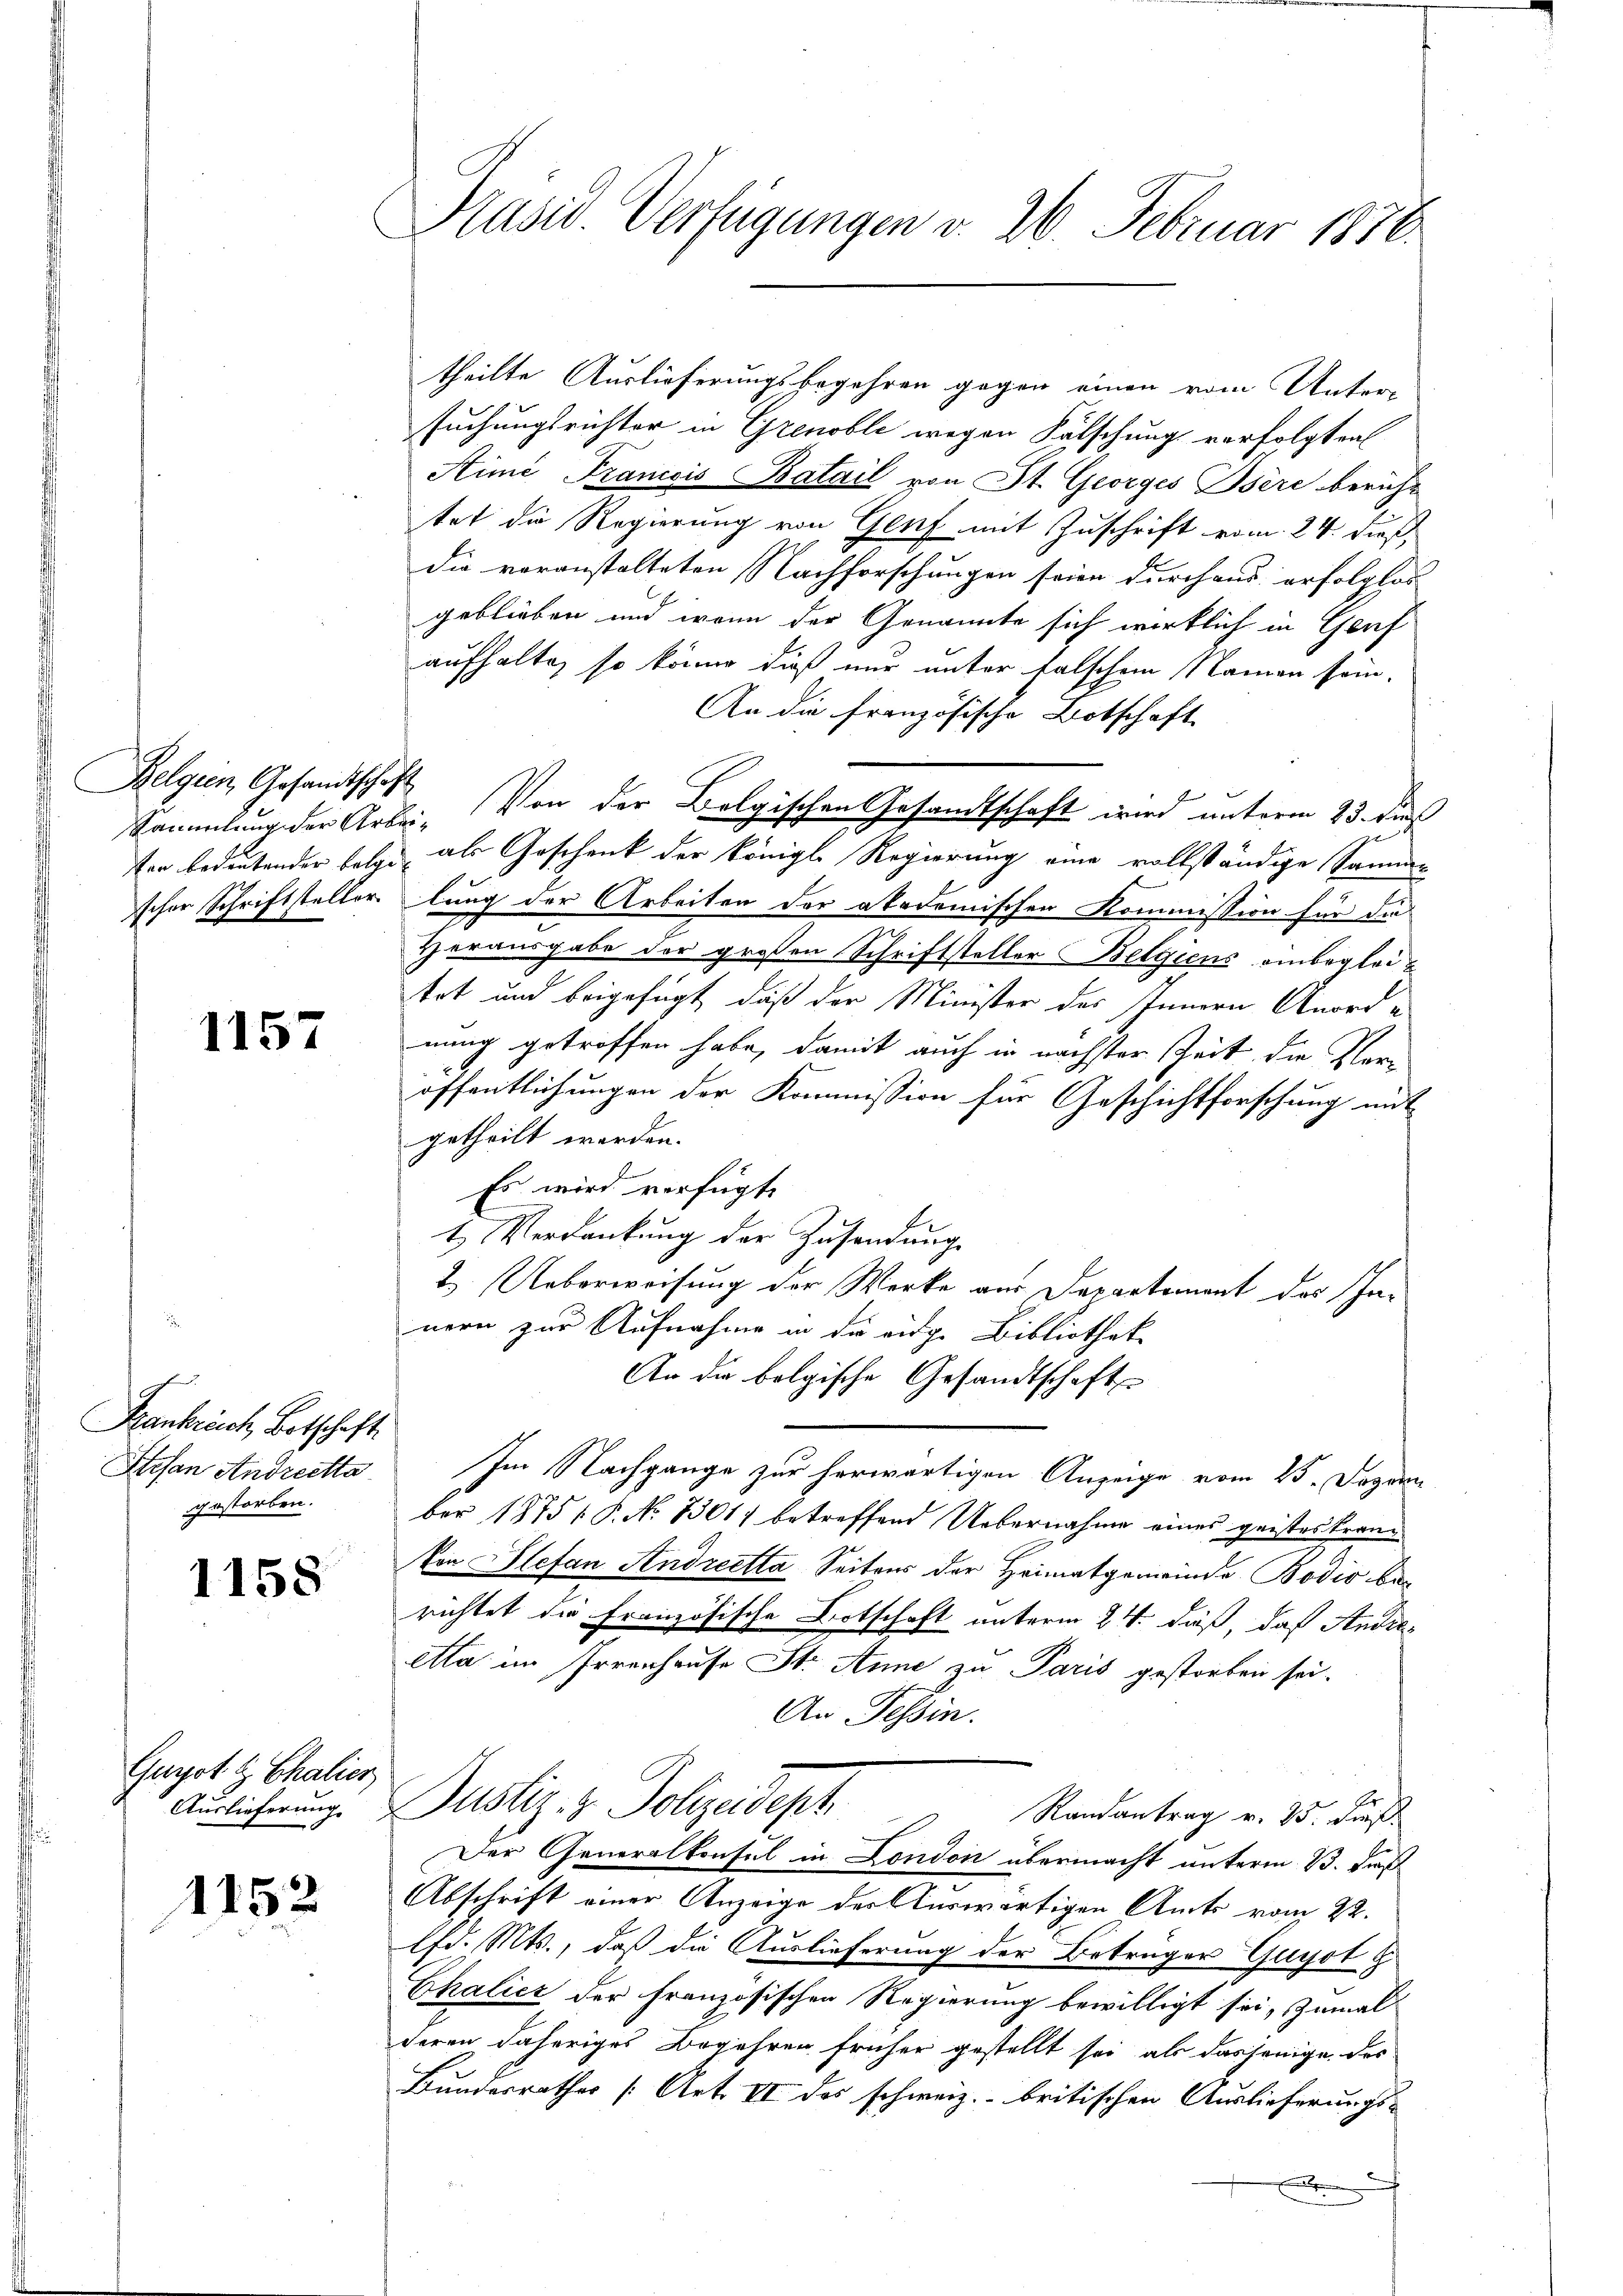
Belgien, Gesandtschaft

1157

Frankreich, Botschaft
gestorben.

1158

Guizot & Chalier

1152

Präsid. Verfügungen v. 26. Februar 1876.

suchungsrichter in Grenoble wegen Fälschung verfolgten
Stime Franccis Batail von St. Georges Bere bericht
tet die Regierung von Genf mit Zuschrift vom 24. dieß
die voranstalteten Nachforschungen seien durchaus erfolglos
geblieben und wenn der Genannte sich wirklich in Genf
aufhalte, so könne dieß nur unter falschem Namen sein.
An die französische Botschaft
Sammlung der Arbei. Von der Bolgischen Gesandtschaft wird unterm 23. dies
Von bedeutender Folge als Geschenk der königl. Regierung eine vollständige Samm-
scher Schriftsteller lung der Arbeiten der akademischen Kommission für die
Herausgabe der großen Schriftsteller Belgiens einbegleitrt und beigefügt, daß der Minister des Innern Anordnung getroffen habe, damit auch in nächster Zeit, die Veröffentlichungen der Kommission für Geschichtforschung mit
getheilt werden.
Es wird verfügte
t Verdankung der Zusendung
2. Ueberweisung der Werke aus Departement das Innern zur Aufnahme in die eidg. Bibliotheke
An die bolgische Gesandtschaft
Stefan Andreetha Im Nachgange zur herwärtigen Anzeige vom 25. Dezem
ber 1875 P. No 1301) betreffend Uebernahme eines geisteskran¬
Von Stefan Andreetta Seitens der Heimatgemeinde Bodio berichtet die Französische Ortschaft unterm 24. daß, daß Andreetta im Irrenhause St. Anne zu Paris gestorben sei.
An Tessin.
Auslicherung. Justiz- & Polizeidept
Randantrag v. 25. dieß
Der Generalkonsul in London übermacht unterm 13. dieß
Abschrift einer Anzeige der Auswärtigen Amts vom 22.
lfd. Mts., daß die Auslieferung der Beträger Gugoth
Chalicz der französischen Regierung bewilligt sei, zumal
deren daheriges Begehren früher gestellt sei, als dasjenige des
Bundesrathes [Art. II des schweiz. - britischen Auslieferungs-
a

theilte Auslieferungsbegehren gegen einen vom Unter-